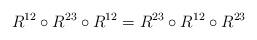
LaTeX: \begin{align*} R^{12} \circ R^{23} \circ R^{12} = R^{23} \circ R^{12} \circ R^{23}\end{align*}